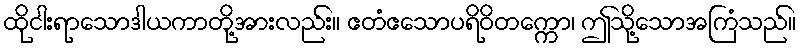
ထိုငါးရာသောဒါယကာတို့အားလည်း။ ဧတံဧသောပရိဝိတက္ကော၊ ဤသို့သောအကြံသည်။